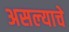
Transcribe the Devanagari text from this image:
असल्‍याचे